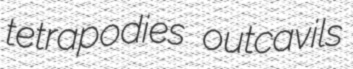
tetrapodies outcavils